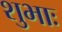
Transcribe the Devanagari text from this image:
शुभाः